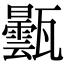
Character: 𤮦